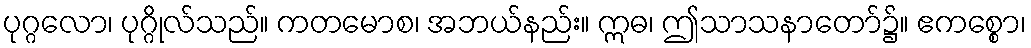
ပုဂ္ဂလော၊ ပုဂ္ဂိုလ်သည်။ ကတမောစ၊ အဘယ်နည်း။ ဣဓ၊ ဤသာသနာတော်၌။ ဧကစ္စော၊